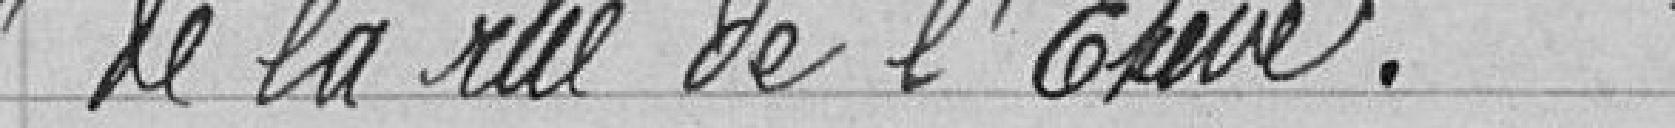
de la rue de l’Étuve.